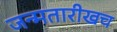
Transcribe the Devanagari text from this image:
जन्मतारीखच